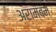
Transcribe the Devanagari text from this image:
अराम्बम